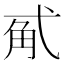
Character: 𰐏